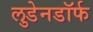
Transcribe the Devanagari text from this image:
लुडेनडॉर्फ